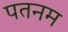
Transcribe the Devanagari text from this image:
पतनम